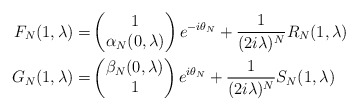
\begin{align*}F_N(1,\lambda)= &\begin{pmatrix}1\\\alpha_N(0,\lambda)\end{pmatrix} e^{-i\theta_N}+\frac{1}{(2i\lambda)^N} R_N(1,\lambda)\\G_N(1,\lambda)=& \begin{pmatrix}\beta_N(0,\lambda)\\ 1\end{pmatrix} e^{i\theta_N}+\frac{1}{(2i\lambda)^N} S_N(1,\lambda)\end{align*}